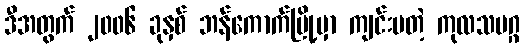
ဒီအတွက် ၂၀၀၆ ခုနှစ် ဘန်ကောက်မြို့မှာ ကျင်းပတဲ့ ကုလသမဂ္ဂ